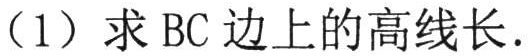
（1）求 BC 边上的高线长.